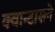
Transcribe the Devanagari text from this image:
क्वान्टासने